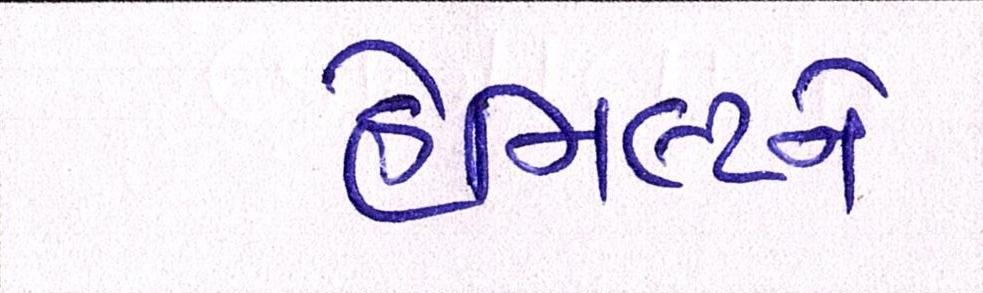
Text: હેમિલ્ટને